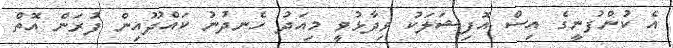
އެ ކުންފުނީގެ އިސް އޮފިޝަލަކު ވިދާޅުވީ މިއަދު ހެނދުނު ކައްދޫއިން ފުރަން އޮތް